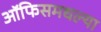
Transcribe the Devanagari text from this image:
ऑफिसमधल्या